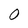
Character: 0